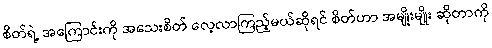
စိတ်ရဲ့ အကြောင်းကို အသေးစိတ် လေ့လာကြည့်မယ်ဆိုရင် စိတ်ဟာ အမျိုးမျိုး ဆိုတာကို